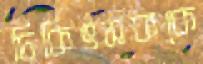
চিকিৎসককে